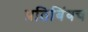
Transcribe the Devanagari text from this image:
प्रतिबिंबच